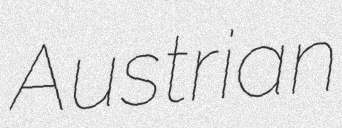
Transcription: Austrian